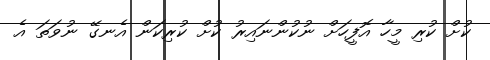
ކުށް ކުރި މީހާ އޮފީހަށް ނުކުންނައިރު ކުށް ކުރިކަން އެނގޭ ނުވަތަ އެ